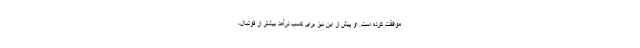
موافقت کرده است. او پیش از این نیز برای کسب درآمد بیشتر از فوتبال،